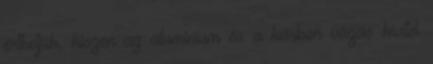
érthetjük, hiszen az alumínium és a karbon vázas kivitel